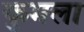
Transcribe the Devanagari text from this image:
कुमला